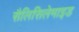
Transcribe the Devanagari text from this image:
सैलिसिलेमाइड